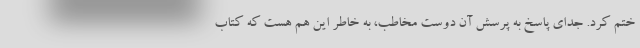
ختم کرد. جدای پاسخ به پرسش آن دوست مخاطب، به خاطر این هم هست که کتاب